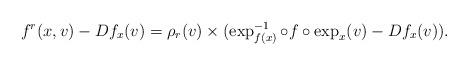
LaTeX: \begin{align*} f^r(x,v)-Df_x(v)=\rho_r(v) \times ( \exp_{f(x)}^{-1}\circ f\circ \exp_x (v) - Df_x(v)). \end{align*}